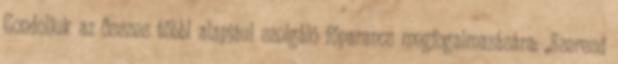
Gondoljuk az összes többi alapjául szolgáló főparancs megfogalmazására: „Szeresd